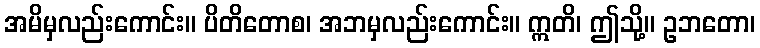
အမိမှလည်းကောင်း။ ပိတိတောစ၊ အဘမှလည်းကောင်း။ ဣတိ၊ ဤသို့။ ဥဘတော၊